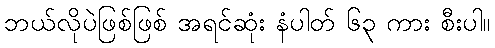
ဘယ်လိုပဲဖြစ်ဖြစ် အရင်ဆုံး နံပါတ် ၆၃ ကား စီးပါ။